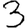
Digit: 3